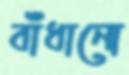
বাঁধানো